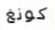
كونغ